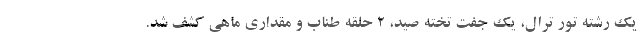
یک رشته تور ترال، یک جفت تخته صید، ۲ حلقه طناب و مقداری ماهی کشف شد.